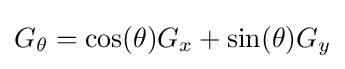
G_{\theta }=\cos(\theta )G_{x}+\sin(\theta )G_{y}